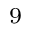
^ { 9 }